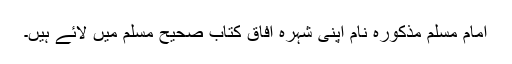
امام مسلم مذکورہ نام اپنی شہرہ آفاق کتاب صحیح مسلم میں لائے ہیں۔